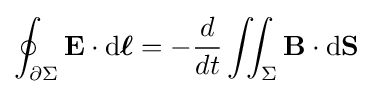
\oint _{\partial \Sigma }\mathbf {E} \cdot \mathrm {d} {\boldsymbol {\ell }}=-{\frac {d}{dt}}\iint _{\Sigma }\mathbf {B} \cdot \mathrm {d} \mathbf {S}